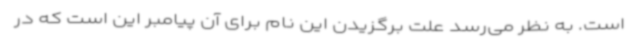
است. به نظر می‌رسد علت برگزیدن این نام برای آن پیامبر این است که در